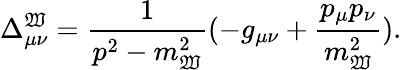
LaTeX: \Delta_{\mu\nu}^{\mathfrak{W}}=\frac{{1}}{{p^{2}-m_{\mathfrak{W}}^{2}}}(-g_{\mu\nu}+\frac{{p_{\mu}p_{\nu}}}{{m_{\mathfrak{W}}^{2}}}).